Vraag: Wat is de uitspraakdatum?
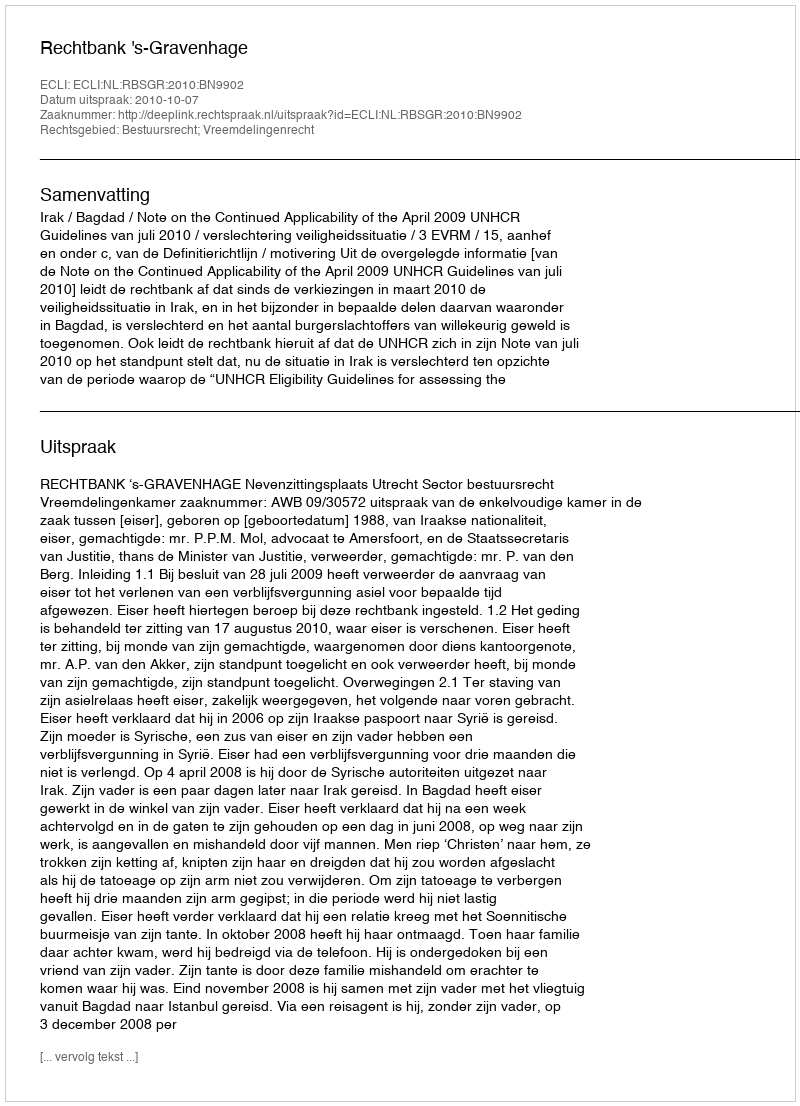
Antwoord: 2010-10-07